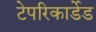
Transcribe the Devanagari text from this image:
टेपरिकार्डेड